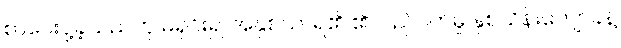
စာပေးပို့ခဲ့သည်ဟု မရှင်း၍ အနှစ်သာရ၏ ၏လည်ပတ်မှု နှစ်သိန်းကျော်ခန့်